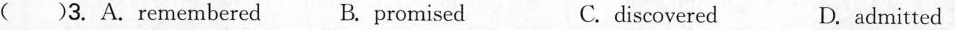
() 3.A.remembered B.promised C.discovered D.admitted